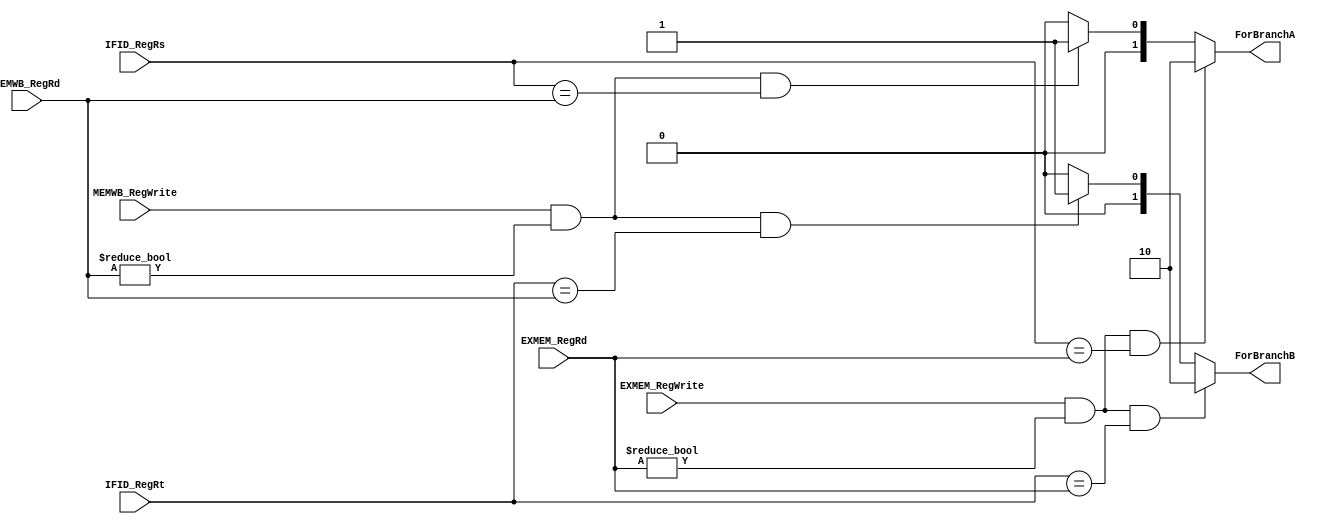
`timescale 1ns / 1ps

/*

 Module: BranchForwardUnit.v
 Inputs:
    EXMEM_RegWrite: Datapath sinal RegWrite para MEM stage
    MEMWB_RegWrite: Datapath sinal RegWrite para WB stage
    IFID_RegRs: Rs field from instruction in ID
    IFID_RegRt: Rt field from instruction in ID
    EXMEM_RegRd: Rd field from instruction in MEM
    MEMWB_RegRd: Rd field from instruction in WB

Output:
    ForBranchA: 2-bit for the mux that selects from which stage RsData comes
    ForBranchB: 2-bit for the mux that selects from which stage RtData comes

*/

module BranchForwardUnit(

    input EXMEM_RegWrite,
    input MEMWB_RegWrite,
    input [4:0] IFID_RegRs,
    input [4:0] IFID_RegRt,
    input [4:0] EXMEM_RegRd,
    input [4:0] MEMWB_RegRd,
    output [1:0] ForBranchA,
    output [1:0] ForBranchB
    );

    // check if IF/ID.Rs == EX/MEM.Rd
    wire IFID_EQ_EXMEM_Rs = (IFID_RegRs == EXMEM_RegRd);
    // check if IF/ID.Rt == EX/MEM.Rd
    wire IFID_EQ_EXMEM_Rt = (IFID_RegRt == EXMEM_RegRd);

    // check if IF/ID.Rs == MEM/WB.Rd
    wire IFID_EQ_MEMWB_Rs = (IFID_RegRs == MEMWB_RegRd);
    // check if IF/ID.Rt == MEM/WB.Rd
    wire IFID_EQ_MEMWB_Rt = (IFID_RegRt == MEMWB_RegRd);

    wire MEM_ForwardA = (EXMEM_RegWrite & EXMEM_RegRd != 0 & IFID_EQ_EXMEM_Rs);
    wire MEM_ForwardB = (EXMEM_RegWrite & EXMEM_RegRd != 0 & IFID_EQ_EXMEM_Rt);

    wire WB_ForwardA = (MEMWB_RegWrite & MEMWB_RegRd != 0 & IFID_EQ_MEMWB_Rs);
    wire WB_ForwardB = (MEMWB_RegWrite & MEMWB_RegRd != 0 & IFID_EQ_MEMWB_Rt);

    assign ForBranchA = (MEM_ForwardA) ? 2'b10 : ((WB_ForwardA) ? 2'b01 : 2'b00 );
    assign ForBranchB = (MEM_ForwardB) ? 2'b10 : ((WB_ForwardB) ? 2'b01 : 2'b00 );

endmodule